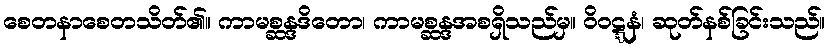
စေတနာစေတသိတ်၏။ ကာမစ္ဆန္ဒဒိတော၊ ကာမစ္ဆန္ဒအစရှိသည်မှ။ ဝိဝဋ္ဋနံ၊ ဆုတ်နစ်ခြင်းသည်။